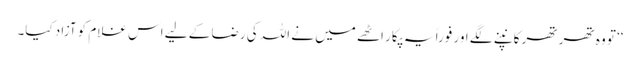
‘‘ تو وہ تھر تھر کانپنے لگے اور فوراً یہ پکار اٹھے میں نے اللہ کی رضا کے لیے اس غلام کو آزاد کیا۔